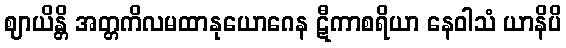
ဈာယိန္တိ အတ္တကိလမထာနုယောဂေန ဋီကာစရိယာ နေဝါသံ ယာနိပိ